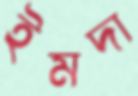
ইমদা